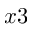
x 3